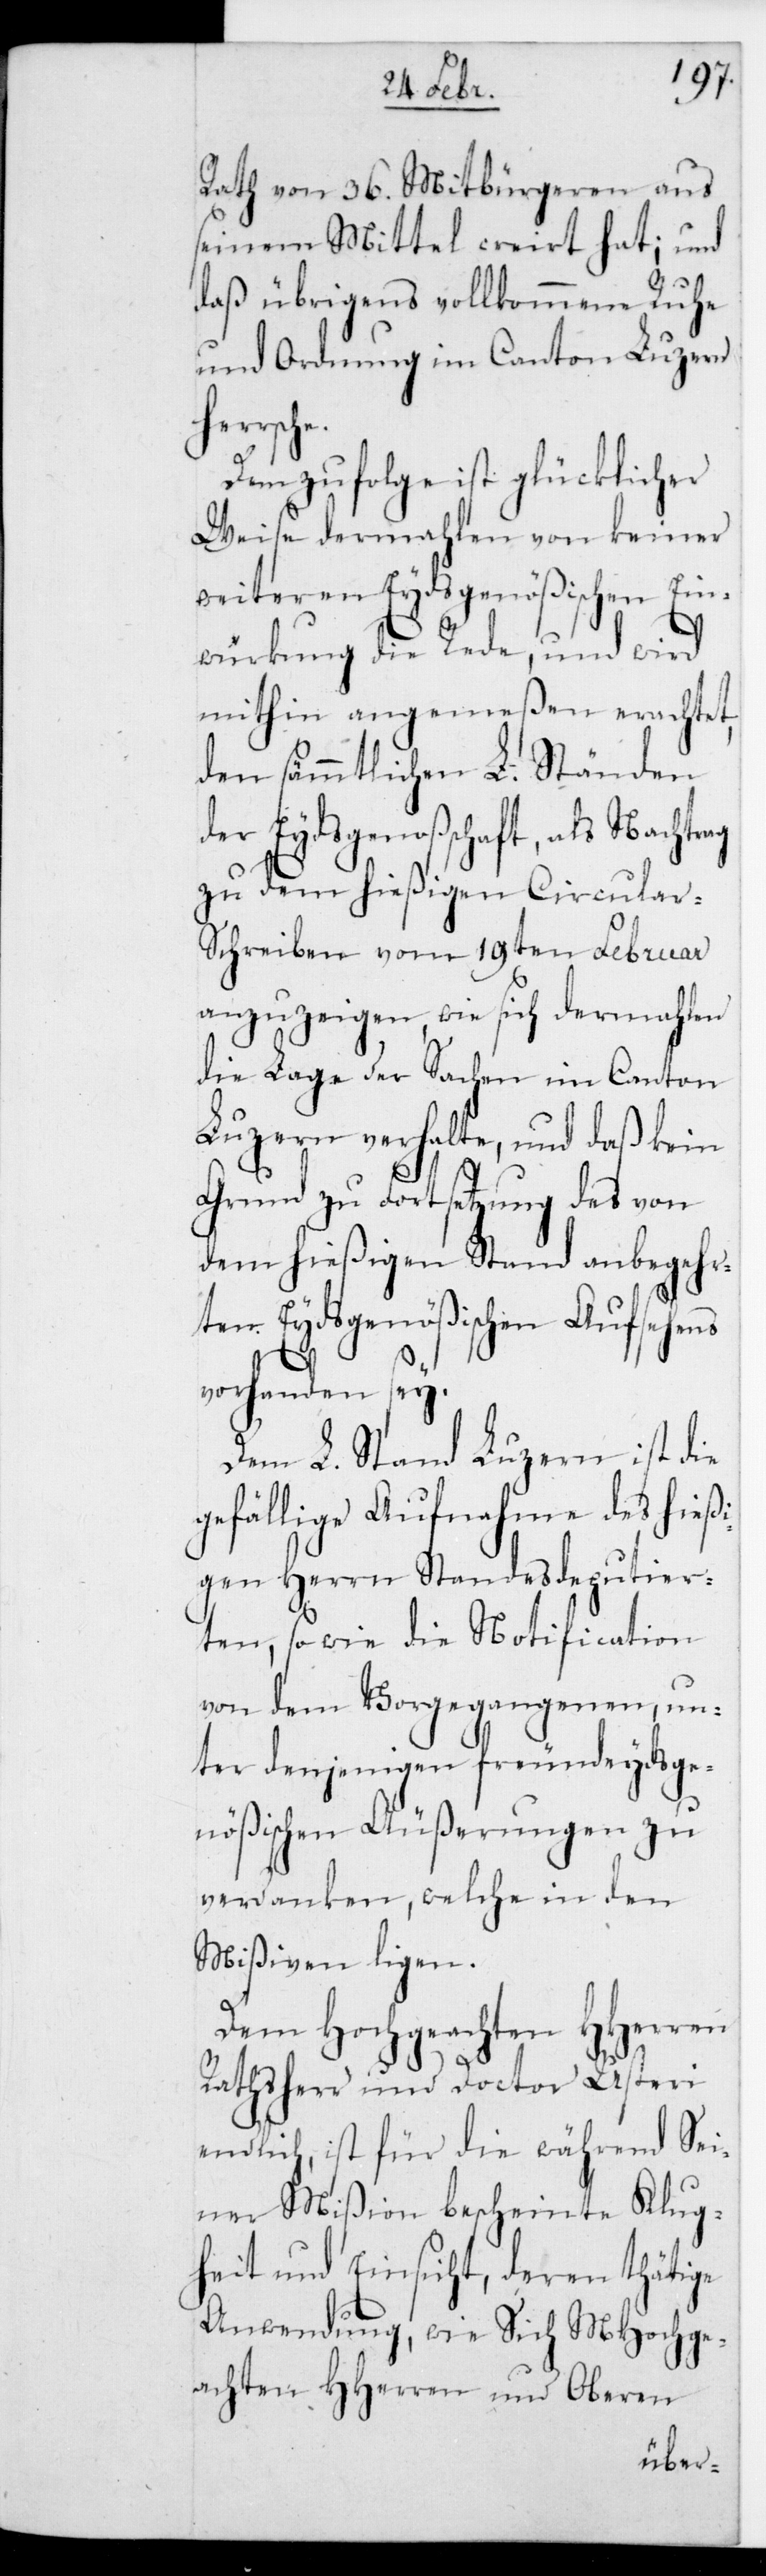
Rath von 36. Mitbürgeren aus
seinem Mittel creiert hat; und
daß übrigens vollkommene Ruhe
und Ordnung im Canton Luzern
herrsche.
Demzufolge ist glücklicher¬
weise dermahlen von keiner
weiteren eidgenößischen Ein¬
würkung die Rede, und wird
mithin angemeßen erachtet,
den sämmtlichen L. Ständen
der Eydsgenoßenschaft, als Nachtrag
zu dem hießigen Circular¬
schreiben vom 19ten Februar
anzuzeigen, wie sich dermahlen
die Lage der Sachen im Canton
Luzern verhalte, und daß kein
Grund zu Fortsetzung des von
dem hießigen Stand anbegeh¬
rten Eydsgenößischen Aufsehens
vorhanden sei.
Dem L. Stand Luzern ist die
gefällige Aufnahme des hi¬
gen Herrn Standesdeputier¬
ten sowie die Notification
von dem Vorgergangenen, un¬
ter denjenigen freundeydsge¬
nößischen Äußerungen zu
verdanken, welche in
den
Mißiven liegen.
Dem Hochgeachten HHerren
Rathsherr und Doctor Usteri
endlich, ist für die während sei¬
ner Mißion bescheinte Klug¬
heit und Einsicht, deren tätige
Anwendung, wie Sich MHochge¬
achten HHerren und Oberen